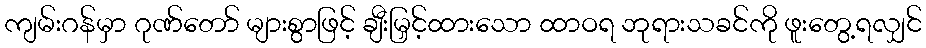
ကျမ်းဂန်မှာ ဂုဏ်တော် များစွာဖြင့် ချီးမြှင့်ထားသော ထာဝရ ဘုရားသခင်ကို ဖူးတွေ့ရလျှင်